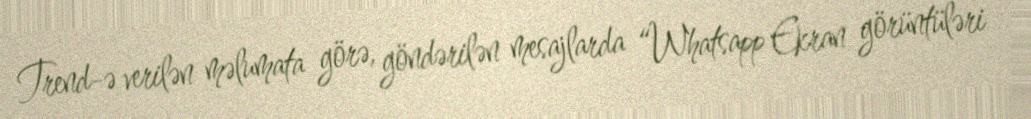
Trend-ə verilən məlumata görə, göndərilən mesajlarda “Whatsapp Ekran görüntüləri